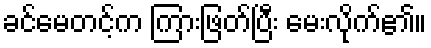
ခင်မေတင့်က ကြားဖြတ်ပြီး မေးလိုက်၏။